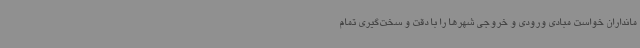
مانداران خواست مبادی ورودی و خروجی شهرها را با دقت و سخت‌گیری تمام